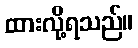
ထားလို့ရသည်။